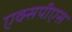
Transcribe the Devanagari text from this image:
एक्सपीएस